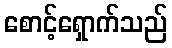
စောင့်ရှောက်သည်